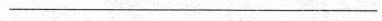
___